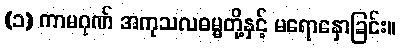
(၁) ကာမဂုဏ် အကုသလဓမ္မတို့နှင့် မရောနှောခြင်း။